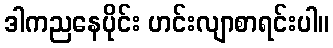
ဒါကညနေပိုင်း ဟင်းလျာစာရင်းပါ။